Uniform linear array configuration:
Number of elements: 8
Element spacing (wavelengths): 1
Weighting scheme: kaiser
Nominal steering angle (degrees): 15
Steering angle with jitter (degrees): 14.546
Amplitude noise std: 0.05
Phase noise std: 0.05

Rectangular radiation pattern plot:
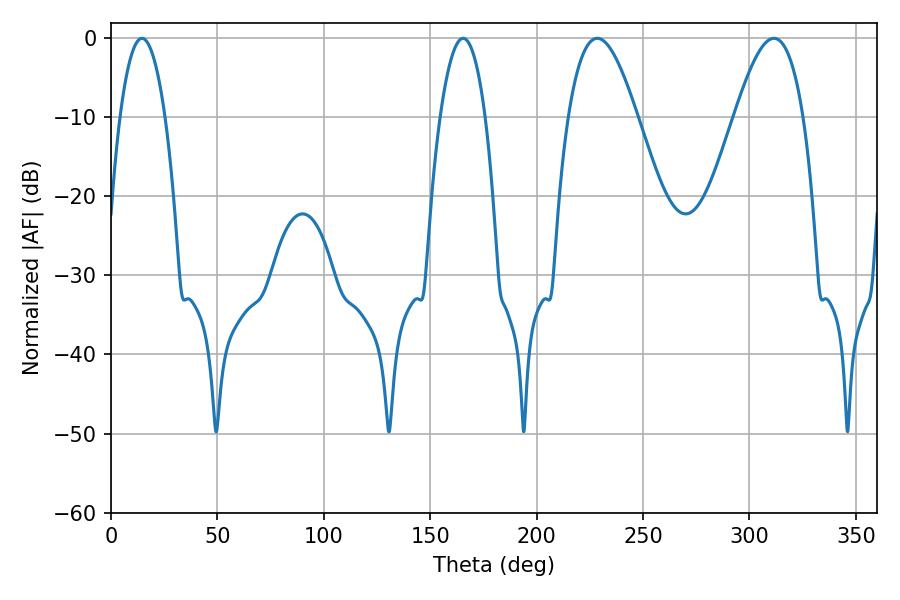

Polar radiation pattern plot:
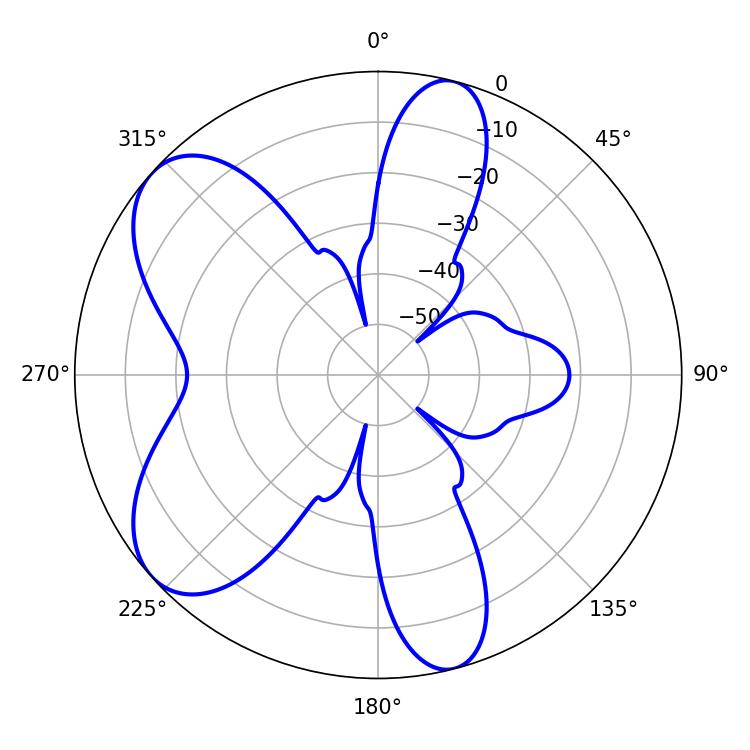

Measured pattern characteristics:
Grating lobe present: TRUE
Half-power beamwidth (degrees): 11.7
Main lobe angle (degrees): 14.58